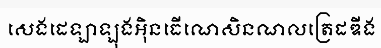
សេងដេឡាឡុងអ៊ិនធើណេសិនណលត្រេដឌីង